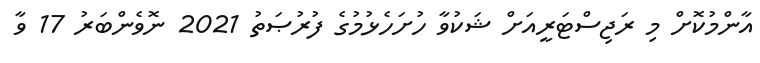
އާންމުކޮށް މި ރަޖިސްޓަރީއަށް ޝަކުވާ ހުށަހެޅުމުގެ ފުރުޞަތު 2021 ނޮވެންބަރު 17 ވާ